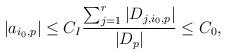
LaTeX: \begin{align*}|a_{i_{0},p}|\leq C_{I}\dfrac{\sum_{j=1}^{r}|D_{j,i_0,p}|}{|D_{p}|}\leq C_{0},\end{align*}